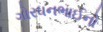
ગોરધનભાઈનો